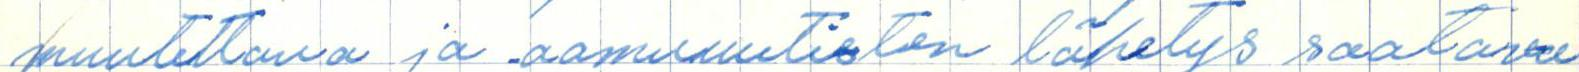
muutettava ja aamuuutisten lähetys saatava